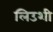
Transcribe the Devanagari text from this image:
लिउशी